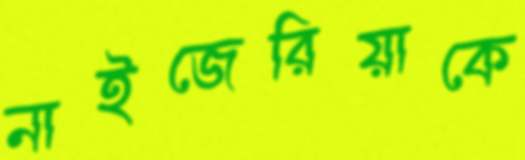
নাইজেরিয়াকে